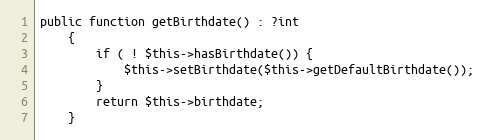
Language: PHP
public function getBirthdate() : ?int
    {
        if ( ! $this->hasBirthdate()) {
            $this->setBirthdate($this->getDefaultBirthdate());
        }
        return $this->birthdate;
    }